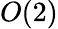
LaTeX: O(2)